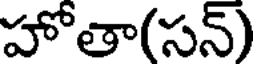
హోతా(సన్)